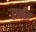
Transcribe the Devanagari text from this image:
एर्नन